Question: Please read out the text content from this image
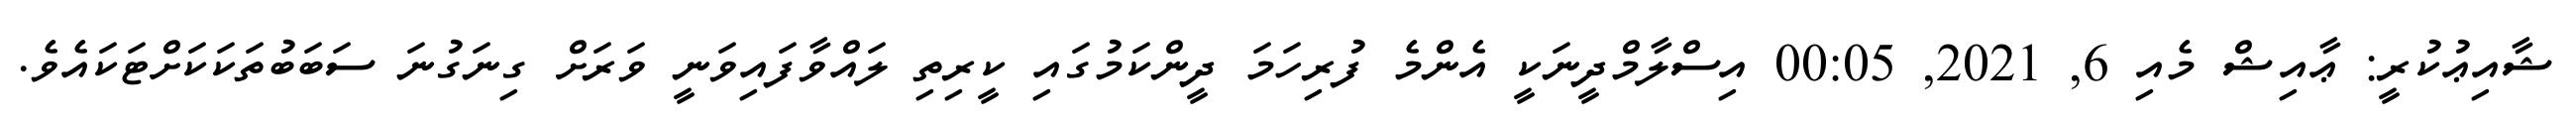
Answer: ޝާއިޢުކުރީ: ޢާއިޝް މެއި 6, 2021, 00:05 އިސްލާމްދީނަކީ އެންމެ ފުރިހަމަ ދީންކަމުގައި ކީރިތި ލައްވާފައިވަނީ ވަރަށް ގިނަގުނަ ސަބަބުތަކަކަށްޓަކައެވެ.